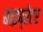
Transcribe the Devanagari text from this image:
बाइब्रेटर